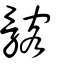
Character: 髂